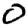
Digit: 0